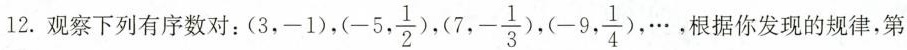
12.观察下列有序数对：(3，-1)，(-5, \frac{1}{2})，(7，-\frac{1}{3})，(-9, \frac{1}{4})，…，根据你发现的规律，第